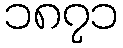
၁၈၇၁